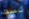
لست